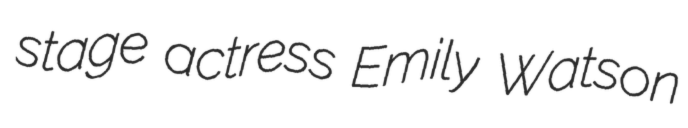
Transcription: stage actress Emily Watson